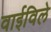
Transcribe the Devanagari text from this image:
वाईविले